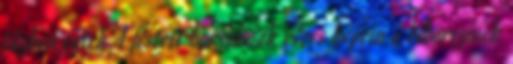
tűzben égtek A festett borzalmak véres képein a bíborszínek